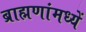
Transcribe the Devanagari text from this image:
ब्राह्मणांमध्यें